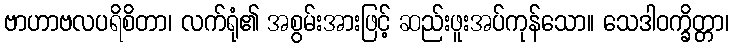
ဗာဟာဗလပရိစိတာ၊ လက်ရုံ၏ အစွမ်းအားဖြင့် ဆည်းဖူးအပ်ကုန်သော။ သေဒါဝက္ခိတ္တာ၊